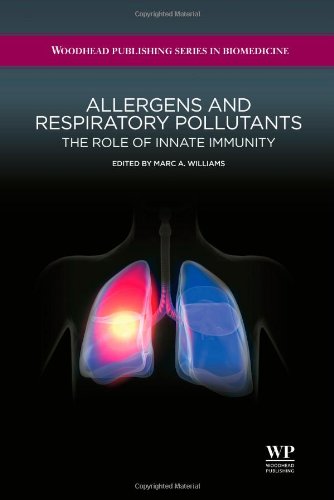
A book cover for Allergens and Respiratory Pollutants: The Role of Innate Immunity (Woodhead Publishing Series in Biomedicine); Business & Money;